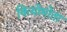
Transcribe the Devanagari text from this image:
कियोमोता